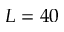
L = 4 0